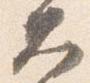
大